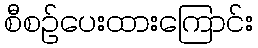
စီစဉ်ပေးထားကြောင်း